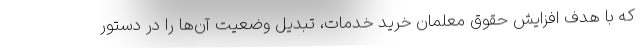
که با هدف افزایش حقوق معلمان خرید خدمات، تبدیل وضعیت آن‌ها را در دستور